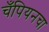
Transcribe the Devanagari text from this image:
चँपियनचा